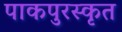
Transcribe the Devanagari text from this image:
पाकपुरस्कृत